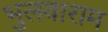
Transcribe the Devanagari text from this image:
भुलवाराम